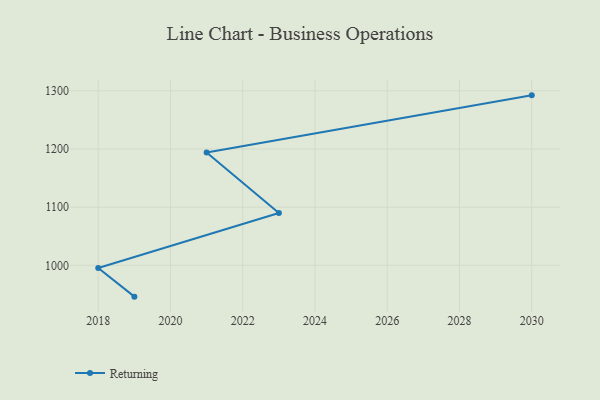
{"axis": {"x": "Year", "y": "Bounce Rate (%)"}, "legend": ["Returning"], "data": [{"x": "2030", "y": 1292.3, "type": "Returning"}, {"x": "2021", "y": 1194.1, "type": "Returning"}, {"x": "2023", "y": 1090.0, "type": "Returning"}, {"x": "2018", "y": 995.5, "type": "Returning"}, {"x": "2019", "y": 946.1, "type": "Returning"}]}